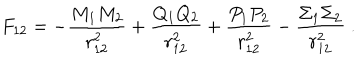
F _ { 1 2 } = - \frac { M _ { 1 } M _ { 2 } } { r _ { 1 2 } ^ { 2 } } + \frac { Q _ { 1 } Q _ { 2 } } { r _ { 1 2 } ^ { 2 } } + \frac { P _ { 1 } P _ { 2 } } { r _ { 1 2 } ^ { 2 } } - \frac { \Sigma _ { 1 } \Sigma _ { 2 } } { r _ { 1 2 } ^ { 2 } } \ .